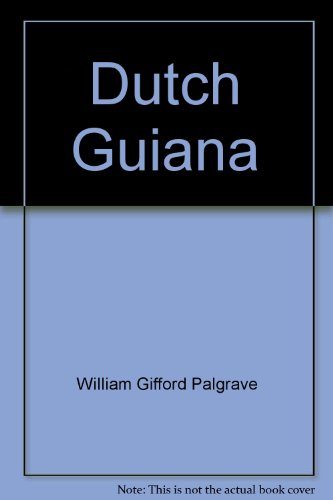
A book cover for Dutch Guiana,; William Gifford Palgrave; Travel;